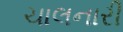
ચાલનારી